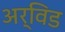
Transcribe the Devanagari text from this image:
अर्विड